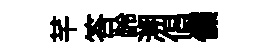
芊答龄溯倡㒒